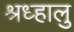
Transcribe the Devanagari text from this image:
श्रध्हालु